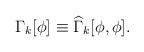
LaTeX: \begin{align*}\Gamma_k[\phi]\equiv\widehat{\Gamma}_k[\phi,\phi].\end{align*}